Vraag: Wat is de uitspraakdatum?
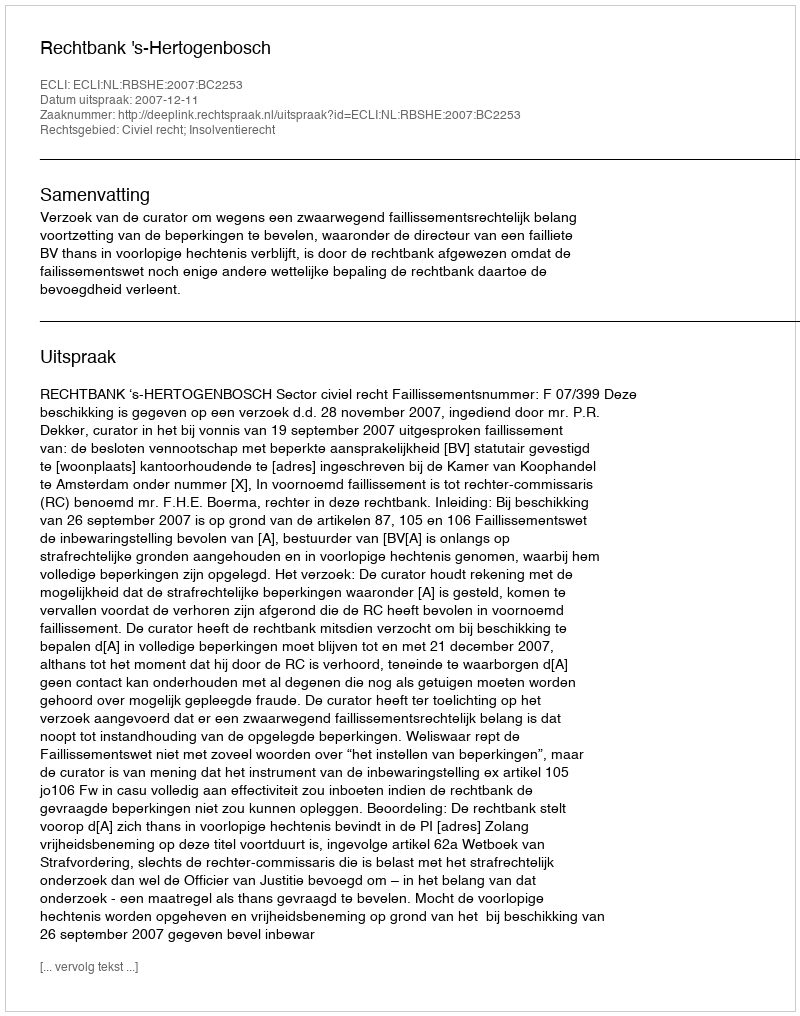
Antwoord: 2007-12-11